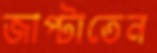
জাপ্‌টাতেন